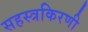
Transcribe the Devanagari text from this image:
सहस्त्रकिरणी